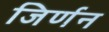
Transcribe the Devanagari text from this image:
जिर्णन